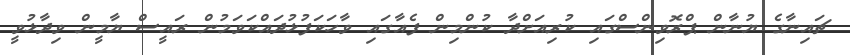
ޗައިނާގެ ޔުނާން ޕްރޮވިންސްގައި ކުރިއަށްދާ ކުންމިން ފެއާގައި ވާހަކަފުޅުދައްކަވަމުން ރައީސް ޔާމީން ވިދާޅުވީ